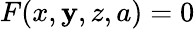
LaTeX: F(x,\mathbf{y},z,a)=0